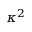
\kappa ^ { 2 }